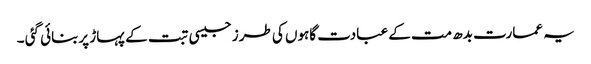
یہ عمارت بدھ مت کے عبادت گاہوں کی طرز جیسی تبت کے پہاڑ پربنائی گئی ۔